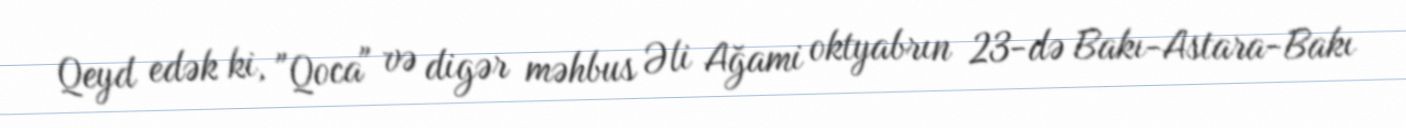
Qeyd edək ki, "Qoca" və digər məhbus Əli Ağami oktyabrın 23-də Bakı-Astara-Bakı